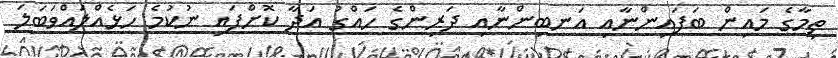
ތިމާގެ މައިން ބަފައިންނާއި އަނބިންނާއި ދަރިންގެ ހައްގު އަދާ ކޮށްފައި ނުކުމެ ހަޅެއްލައްވަބަލަ